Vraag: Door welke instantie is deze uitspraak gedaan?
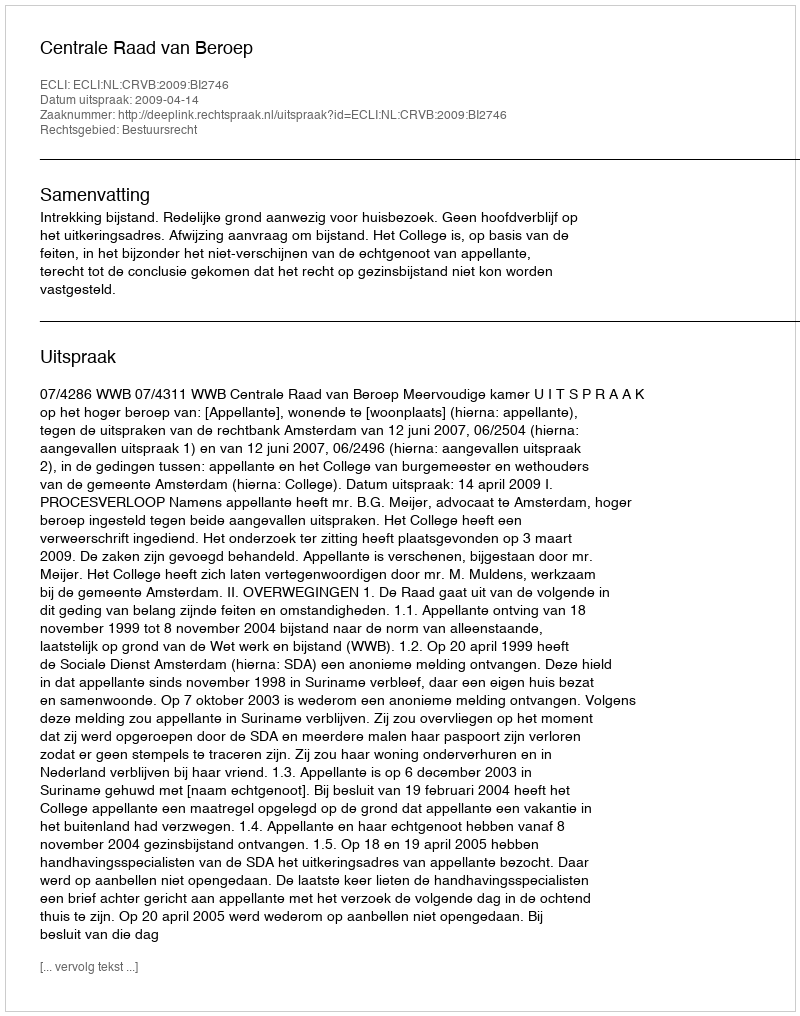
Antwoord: Centrale Raad van Beroep